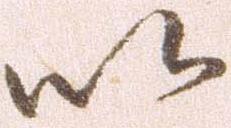
以